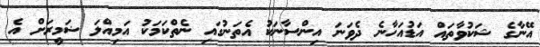
އޭނާގެ ޝަކުވާތައް އަޑުއަހާނެ ދެވަނަ އިންސާނަކު އެތަނުގައި ނެތްކަމަކު އަމިއްލަ ޟަމީރަށް އެ